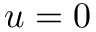
u = 0